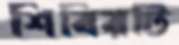
শিবিরটি